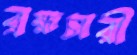
ব্রহ্মচারী